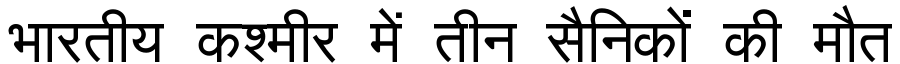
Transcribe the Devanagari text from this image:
भारतीय कश्मीर में तीन सैनिकों की मौत